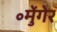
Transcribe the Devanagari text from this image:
॰मुेंगेर